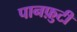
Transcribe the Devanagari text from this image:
पानफ़ुटी